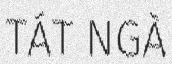
TÁT NGÀ